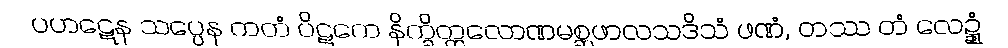
ပဟဋေန သပ္ပေန ကတံ ပိဋကေ နိက္ခိတ္တလောဏမစ္ဆဖာလသဒိသံ ဖဏံ, တဿ တံ လေဍ္ဍုံ